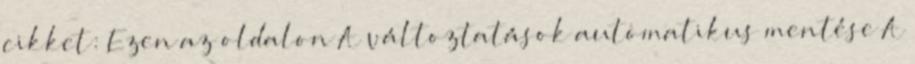
cikket: Ezen az oldalon A változtatások automatikus mentése A